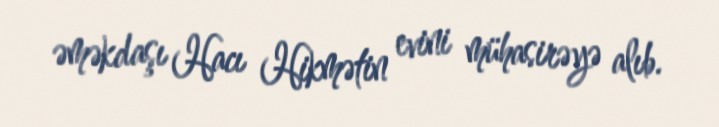
əməkdaşı Hacı Hikmətin evini mühasirəyə alıb.